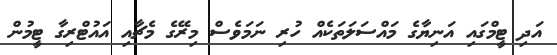
އަދި ޓީމްގައި އަނިޔާގެ މައްސަލަތަކެއް ހުރި ނަމަވެސް މިރޭގެ މެޗާއި އައުޓްރިގާ ޓީމުން